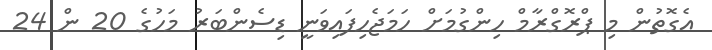
އެގޮތުން މި ޕްރޮގްރާމް ހިންގުމަށް ހަމަޖެހިފައިވަނީ ޑިސެންބަރު މަހުގެ 20 ން 24